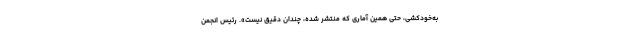
به‌خودکشی، حتی همین آماری که منتشر شده، چندان دقیق نیست». رئیس انجمن